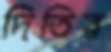
দিতির